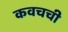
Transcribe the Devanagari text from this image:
कवचची